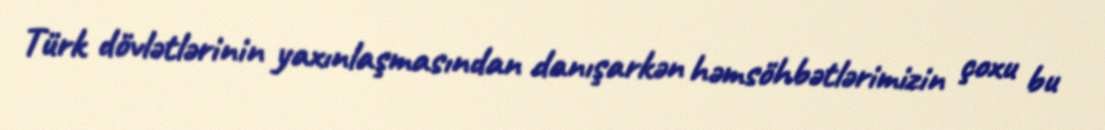
Türk dövlətlərinin yaxınlaşmasından danışarkən həmsöhbətlərimizin çoxu bu